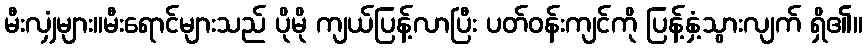
မီးလျှံများ။မီးရောင်များသည် ပိုမို ကျယ်ပြန့်လာပြီး ပတ်ဝန်းကျင်ကို ပြန့်နှံ့သွားလျက် ရှိ၏။